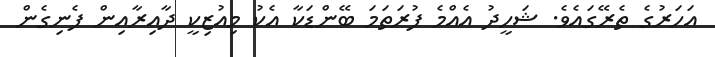
އަހަރުގެ ތެރޭގައެވެ. ޝަހީދު އެއްމެ ފުރަތަމަ ބޭންޑަކާ އެކު މިއުޒިކީ ދާއިރާއިން ފެނިގެން